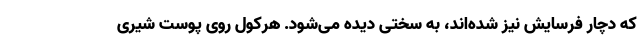
که دچار فرسایش نیز شده‌اند، به سختی دیده می‌شود. هرکول روی پوست شیری